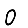
Digit: 0